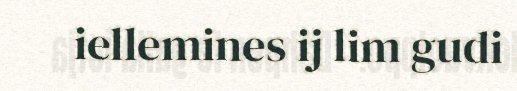
iellemines ij lim gudi